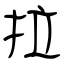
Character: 拉